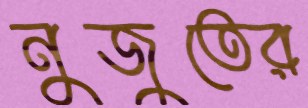
নুজুতের